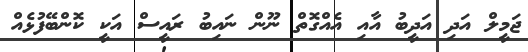
ޖަމީލް އަދި އަދީބު އާއި އެއްގޮތް ނޫން ނައިބު ރައީސް އަކީ ކޮންބޭފުޅެއް